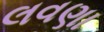
લવણા